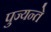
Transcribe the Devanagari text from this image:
पुज्यन्ते